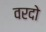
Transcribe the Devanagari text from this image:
वरदो